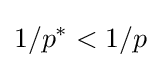
1/p^{*}<1/p